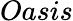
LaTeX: Oasis